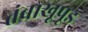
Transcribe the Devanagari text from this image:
तंबाखूपूड